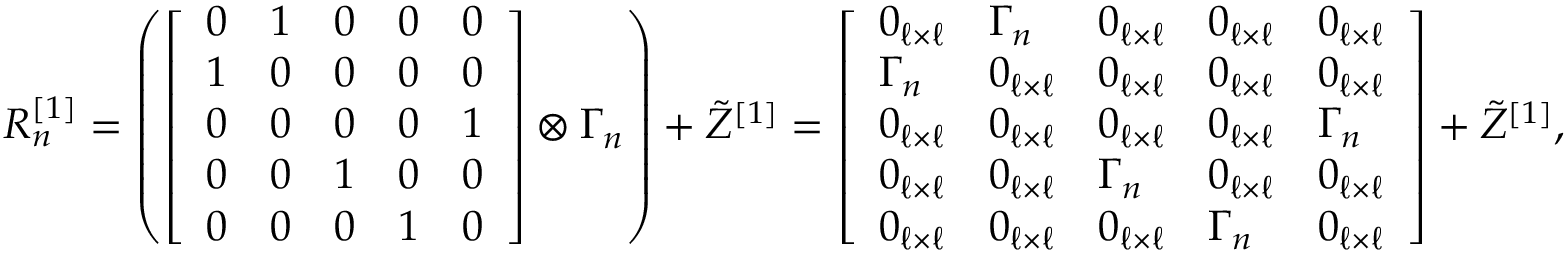
\begin{array} { r } { R _ { n } ^ { [ 1 ] } = \left( \left[ \begin{array} { l l l l l } { 0 } & { 1 } & { 0 } & { 0 } & { 0 } \\ { 1 } & { 0 } & { 0 } & { 0 } & { 0 } \\ { 0 } & { 0 } & { 0 } & { 0 } & { 1 } \\ { 0 } & { 0 } & { 1 } & { 0 } & { 0 } \\ { 0 } & { 0 } & { 0 } & { 1 } & { 0 } \end{array} \right] \otimes \Gamma _ { n } \right) + \tilde { Z } ^ { [ 1 ] } = \left[ \begin{array} { l l l l l } { 0 _ { \ell \times \ell } } & { \Gamma _ { n } } & { 0 _ { \ell \times \ell } } & { 0 _ { \ell \times \ell } } & { 0 _ { \ell \times \ell } } \\ { \Gamma _ { n } } & { 0 _ { \ell \times \ell } } & { 0 _ { \ell \times \ell } } & { 0 _ { \ell \times \ell } } & { 0 _ { \ell \times \ell } } \\ { 0 _ { \ell \times \ell } } & { 0 _ { \ell \times \ell } } & { 0 _ { \ell \times \ell } } & { 0 _ { \ell \times \ell } } & { \Gamma _ { n } } \\ { 0 _ { \ell \times \ell } } & { 0 _ { \ell \times \ell } } & { \Gamma _ { n } } & { 0 _ { \ell \times \ell } } & { 0 _ { \ell \times \ell } } \\ { 0 _ { \ell \times \ell } } & { 0 _ { \ell \times \ell } } & { 0 _ { \ell \times \ell } } & { \Gamma _ { n } } & { 0 _ { \ell \times \ell } } \end{array} \right] + \tilde { Z } ^ { [ 1 ] } , } \end{array}